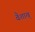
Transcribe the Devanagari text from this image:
वैशाख्